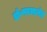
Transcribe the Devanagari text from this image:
डॉ॰परमानंद